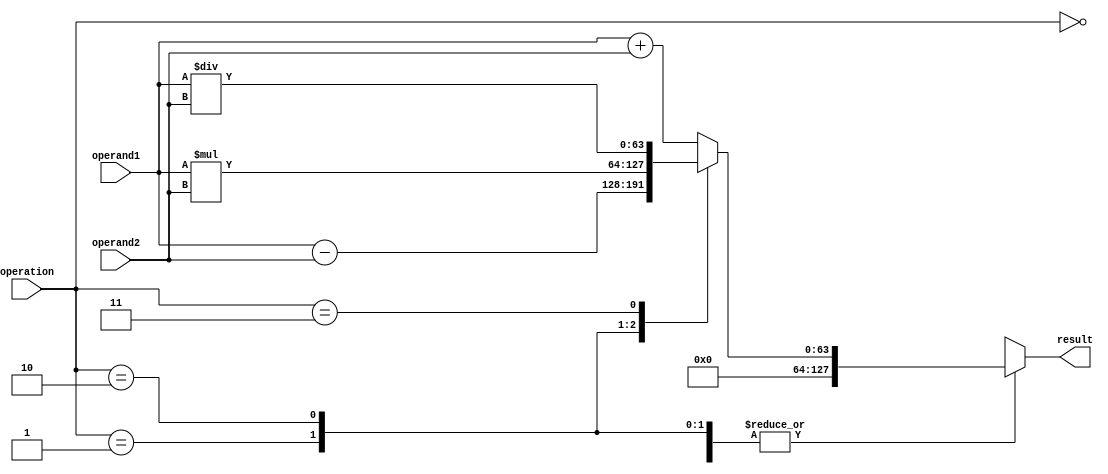
module ExtendedPrecisionFloatingPointUnit (
    input [63:0] operand1,
    input [63:0] operand2,
    input [1:0] operation,
    output reg [127:0] result
);

reg [63:0] intermediate_result;

always @ (operand1, operand2, operation)
begin
    case (operation)
        2'b00: intermediate_result = operand1 + operand2;
        2'b01: intermediate_result = operand1 - operand2;
        2'b10: intermediate_result = operand1 * operand2;
        2'b11: intermediate_result = operand1 / operand2;
        default: intermediate_result = operand1 + operand2;
    endcase
end

always @ (intermediate_result)
begin
    case (operation)
        2'b00: result = intermediate_result;
        2'b01: result = intermediate_result;
        2'b10: result = intermediate_result;
        2'b11: result = intermediate_result;
    endcase
end

endmodule